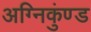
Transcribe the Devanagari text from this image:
अग्निकुंण्ड